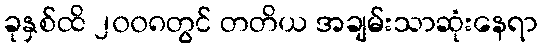
ခုနှစ်ထိ ၂၀၀၈တွင် တတိယ အချမ်းသာဆုံးနေရာ